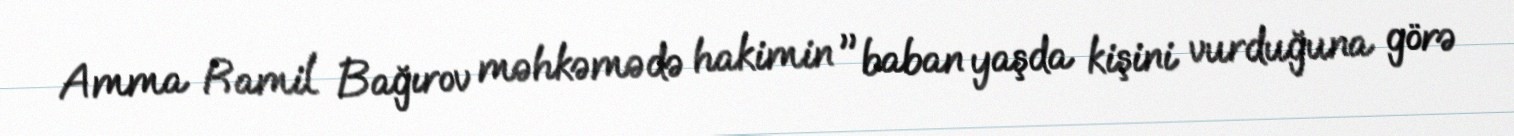
Amma Ramil Bağırov məhkəmədə hakimin "baban yaşda kişini vurduğuna görə